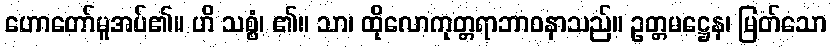
ဟောတော်မူအပ်၏။ ဟိ သစ္စံ၊ ၏။ သာ၊ ထိုလောကုတ္တရာဘာဝနာသည်။ ဥတ္တမဋ္ဌေန၊ မြတ်သော